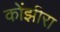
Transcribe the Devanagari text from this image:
कोंझीरा